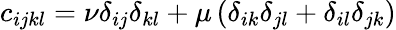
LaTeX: c_{ijkl}=\nu\delta_{ij}\delta_{kl}+\mu\left(\delta_{ik}\delta_{jl}+\delta_{il}\delta_{jk}\right)